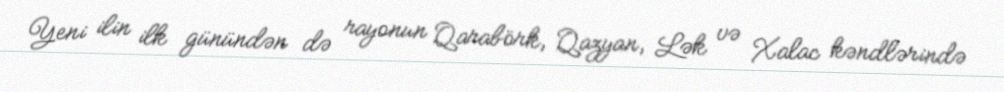
Yeni ilin ilk günündən də rayonun Qarabörk, Qazyan, Lək və Xalac kəndlərində